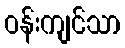
ဝန်းကျင်သာ